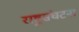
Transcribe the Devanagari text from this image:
राष्ट्रसंघटना